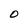
Character: O